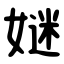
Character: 㜆